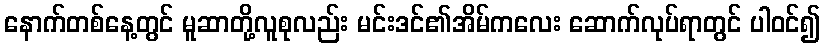
နောက်တစ်နေ့တွင် မူဆာတို့လူစုလည်း မင်းဒင်၏အိမ်ကလေး ဆောက်လုပ်ရာတွင် ပါဝင်၍